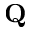
\mathbf { Q }